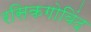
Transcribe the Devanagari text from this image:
रसिकगोविंद